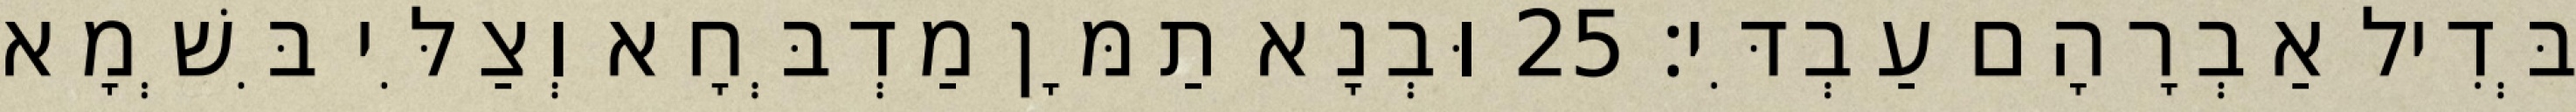
בְּדִיל אַבְרָהָם עַבְדִּי׃ 25 וּבְנָא תַמָּן מַדְבְּחָא וְצַלִּי בִּשְׁמָא